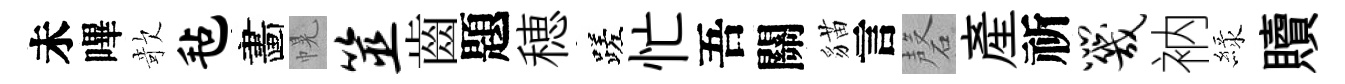
未嗶欹毡畵幌筮齒題穂蹉忙吾關貓言磬産祈咒衲緑贖